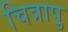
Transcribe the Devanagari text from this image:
चित्रापु